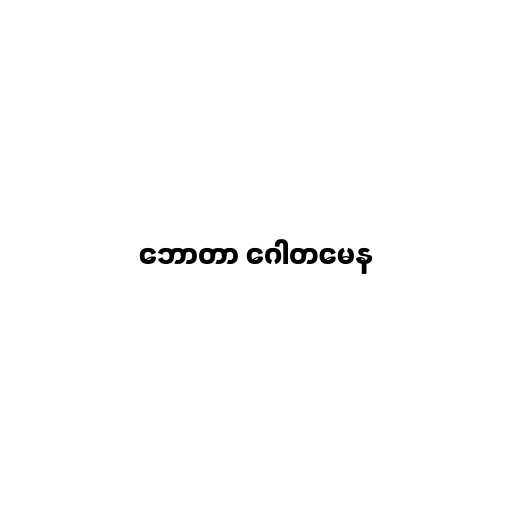
ဘောတာ ဂေါတမေန